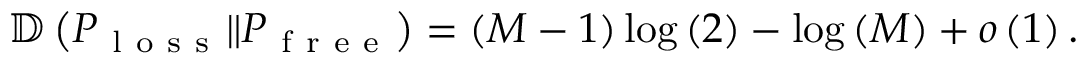
\begin{array} { r } { \mathbb { D } \left( P _ { \mathrm { ~ l ~ o ~ s ~ s ~ } } \Vert P _ { \mathrm { ~ f ~ r ~ e ~ e ~ } } \right) = \left( M - 1 \right) \log \left( 2 \right) - \log \left( M \right) + o \left( 1 \right) . } \end{array}